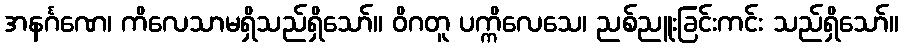
အနင်္ဂဏေ၊ ကိလေသာမရှိသည်ရှိသော်။ ဝိဂတူ ပက္ကိလေသေ၊ ညစ်ညူးခြင်းကင်း သည်ရှိသော်။